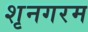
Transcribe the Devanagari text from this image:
शृनगरम